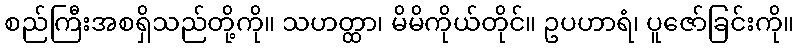
စည်ကြီးအစရှိသည်တို့ကို။ သဟတ္ထာ၊ မိမိကိုယ်တိုင်။ ဥပဟာရံ၊ ပူဇော်ခြင်းကို။